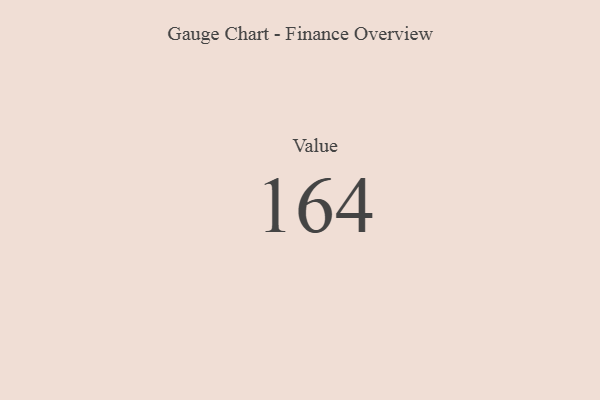
{"axis": {"x": "Metric", "y": "Value"}, "legend": [""], "data": [{"x": "Value", "y": 164, "type": ""}]}